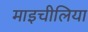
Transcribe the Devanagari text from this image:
माइचीलिया